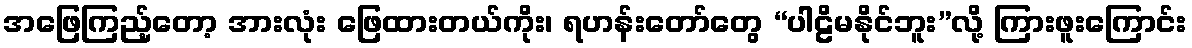
အဖြေကြည့်တော့ အားလုံး ဖြေထားတယ်ကိုး၊ ရဟန်းတော်တွေ “ပါဠိမနိုင်ဘူး”လို့ ကြားဖူးကြောင်း